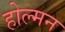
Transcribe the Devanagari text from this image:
होल्मन